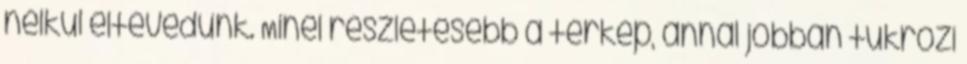
nélkül eltévedünk. Minél részletesebb a térkép, annál jobban tükrözi